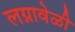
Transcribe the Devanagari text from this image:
लग्नावेळी